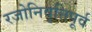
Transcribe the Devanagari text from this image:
रजोनिवृत्तिपूर्व